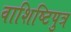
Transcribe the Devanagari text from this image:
वाशिष्टिपुत्र